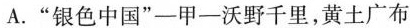
A.”银色中国”——甲——沃野千里，黄土广布